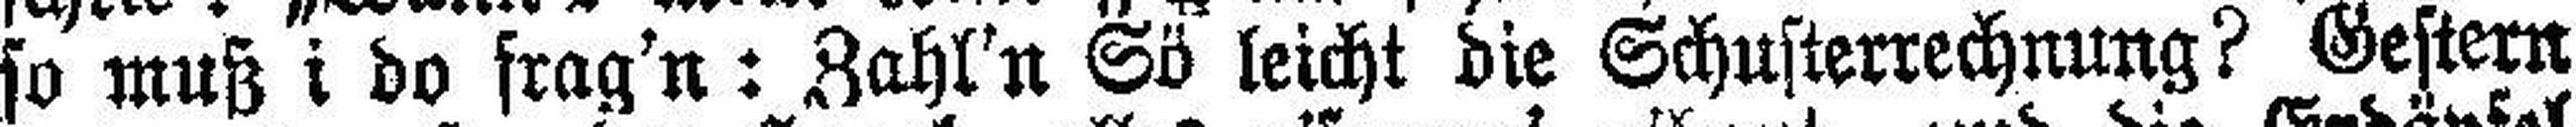
so muß i do frag'n: Zahl'n Sö leicht die Schusterrechnung Gestern